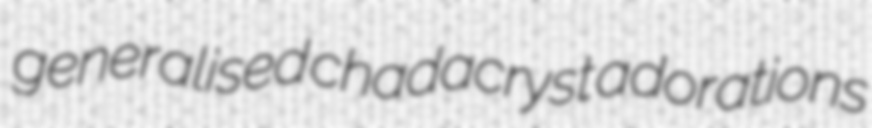
generalised chadacryst adorations